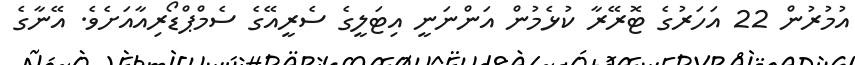
އުމުރުން 22 އަހަރުގެ ޓޮރޭރާ ކުޅެމުން އަންނަނީ އިޓަލީގެ ސެރީއޭގެ ސެމްޕްޑޯރިއާއަށެވެ. އޭނާގެ